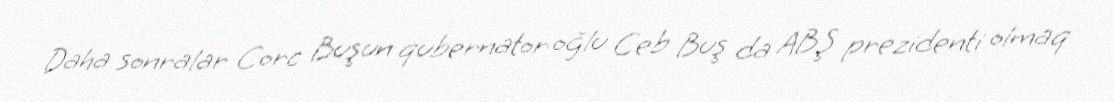
Daha sonralar Corc Buşun qubernator oğlu Ceb Buş da ABŞ prezidenti olmaq